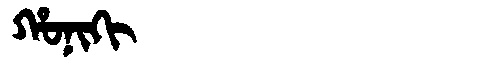
Manchu: ᡥᠣᠨᡳᡴᡳ
Romanization: HONIKI